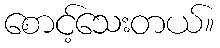
စောင့်သေးတယ်။